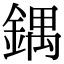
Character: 鍝